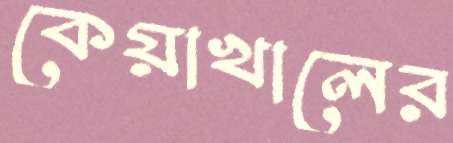
কেয়াখালের